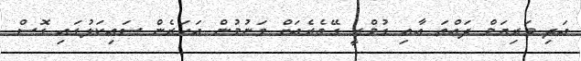
އަދި މަރިޔަމް ދައްތަ އާއި ގުމްރީ ގޭތެރެއަށް ވަނުމުން އަހަރެން ސައިކަލުގައި ގޮސް